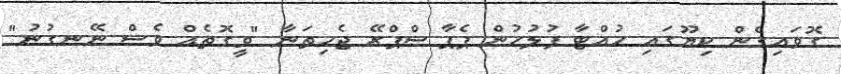
ގޮވައިގެން ކިޔޫގައި ހުއްޓާ ފުލުހުން ޕެޕާ ސްޕްރޭ ޖެހިތަނާ "ވީގޮތެއް ވެސް ނޭނގުނު"